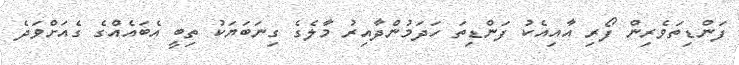
ފަންޑިތަވެރިން ފޯރި އާއިއެކު ފަންޑިތަ ހަދަމުންދާއިރު މާލެގެ ގިނަބަޔަކު ތިބީ އެބައެއްގެެ ގެއަށްވަދެ